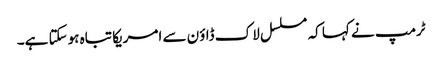
ٹرمپ نے کہا کہ مسلسل لاک ڈاؤن سے امریکا تباہ ہوسکتا ہے۔